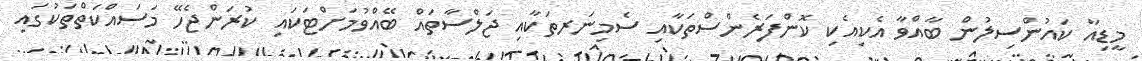
މީޑިއާ ކައުންސިލުން ބާއްވާ އެކިއެކި ކޮންފަރެންސްތަކާއި ސެމިނަރތަކާއި ޖަލްސާތައް ބޭއްވުމަށްޓަކައި ކުރަންޖެހޭ މަސައްކަތްތަކުގައި